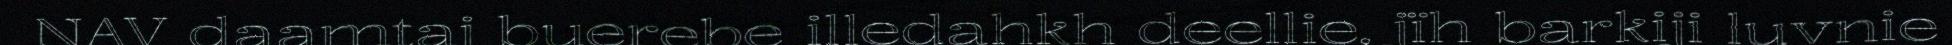
NAV daamtaj buerebe illedahkh deellie, jïh barkiji luvnie